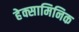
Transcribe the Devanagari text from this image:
हेक्सामिनिक